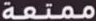
ممتعة